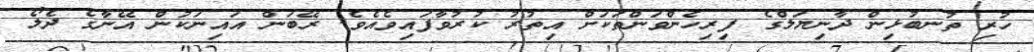
ހުރި ތުނބުޅިން ދާނިޔަލްގެ ފިރިހެންވަންތަކަށް އިތުރު ކުރުވާފައިވެއެވެ. ރޭބަން އައިނަކުން އޭނާގެ ދެލޯ